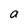
Character: a